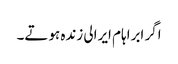
اگر ابراہام ایرالی زندہ ہوتے۔